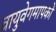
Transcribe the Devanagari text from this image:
वायुवेगमापकों